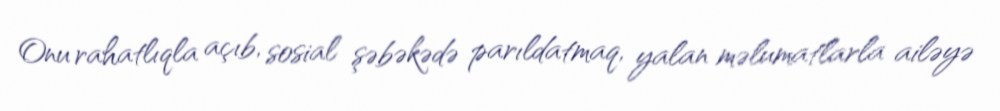
Onu rahatlıqla açıb, sosial şəbəkədə parıldatmaq, yalan məlumatlarla ailəyə